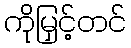
ကိုမြှင့်တင်